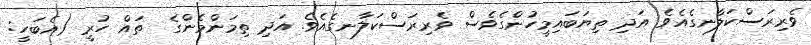
ވެރިރަސްކަލާނގެއެވެ. އަދި ތިޔަބައިމީހުންގެވެސް ވެރިރަސްކަލާނގެއެވެ. އަދި ތިމަންމެންގެ  ތައް ހުރީ (އެބަހީ: